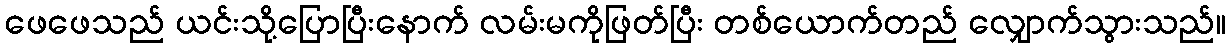
ဖေဖေသည် ယင်းသို့ပြောပြီးနောက် လမ်းမကိုဖြတ်ပြီး တစ်ယောက်တည် လျှောက်သွားသည်။